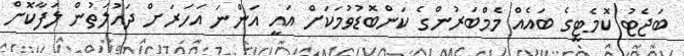
ބަޖެޓު ކޮމެޓީގެ ބައެއް މެމްބަރުންގެ ކަންބޮޑުވުމަކަށް އައީ އަންނަ އަހަރަށް ދައުލަތުން ލަފާކޮށް